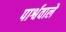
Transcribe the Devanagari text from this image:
पार्श्ववाले